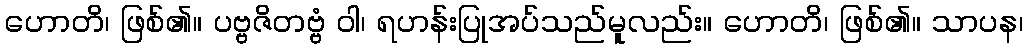
ဟောတိ၊ ဖြစ်၏။ ပဗ္ဗဇိတဗ္ဗံ ဝါ၊ ရဟန်းပြုအပ်သည်မူလည်း။ ဟောတိ၊ ဖြစ်၏။ သာပန၊